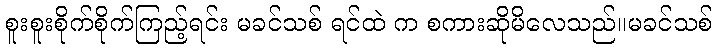
စူးစူးစိုက်စိုက်ကြည့်ရင်း မခင်သစ် ရင်ထဲ က စကားဆိုမိလေသည်။မခင်သစ်